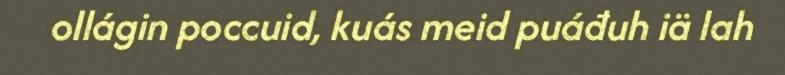
ollágin poccuid, kuás meid puáđuh iä lah